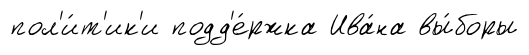
пол'и́т'ик'и подд'е́ржка Ива́на вы́боры